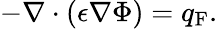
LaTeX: -\nabla\cdot(\epsilon\nabla\Phi)=q_{\mathrm{F}}.